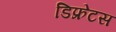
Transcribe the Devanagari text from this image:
डिफ्रेटस